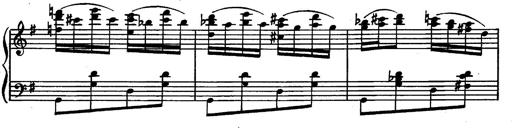
Title: Magyar rapszÃ³diÃ¡k
Composer: Franz Liszt